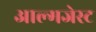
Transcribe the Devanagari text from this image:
आल्मजेस्ट